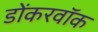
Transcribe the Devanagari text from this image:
डोंकरवॉक